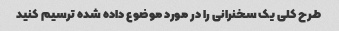
طرح کلی یک سخنرانی را در مورد موضوع داده شده ترسیم کنید